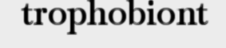
trophobiont